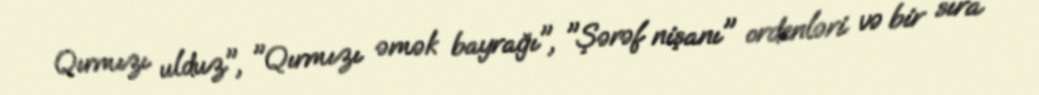
Qırmızı ulduz", "Qırmızı əmək bayrağı", "Şərəf nişanı" ordenləri və bir sıra